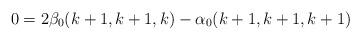
LaTeX: \begin{align*}0 = 2\beta_0(k+1,k+1,k) - \alpha_0(k+1,k+1,k+1)\end{align*}